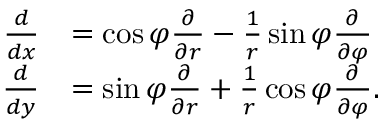
{ \begin{array} { r l } { { \frac { d } { d x } } } & { = \cos \varphi { \frac { \partial } { \partial r } } - { \frac { 1 } { r } } \sin \varphi { \frac { \partial } { \partial \varphi } } } \\ { { \frac { d } { d y } } } & { = \sin \varphi { \frac { \partial } { \partial r } } + { \frac { 1 } { r } } \cos \varphi { \frac { \partial } { \partial \varphi } } . } \end{array} }